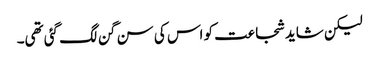
لیکن شاید شجاعت کو اس کی سن گن لگ گئی تھی۔